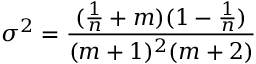
\sigma ^ { 2 } = \frac { ( \frac { 1 } { n } + m ) ( 1 - \frac { 1 } { n } ) } { ( m + 1 ) ^ { 2 } ( m + 2 ) }